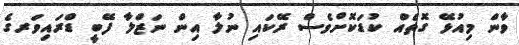
ވާން މިއުޅޭ ގޮތެއް ކުޑަކޮށްވެސް ރޭކައި ނުލާ އިން ނަޒްލާ ފޭބީ ޑްރައިވަރގެ